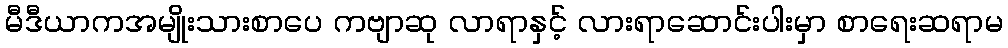
မီဒီယာကအမျိုးသားစာပေ ကဗျာဆု လာရာနှင့် လားရာဆောင်းပါးမှာ စာရေးဆရာမ